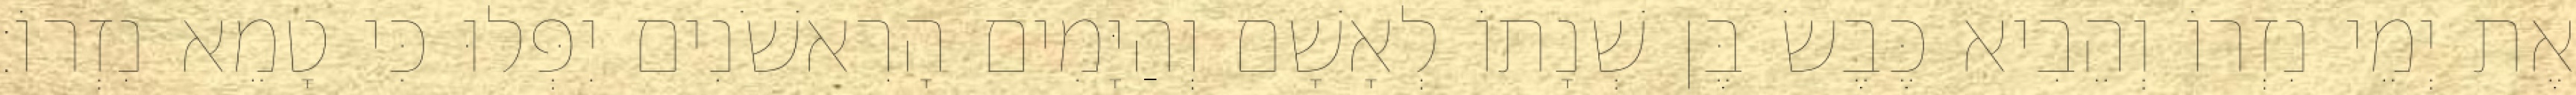
אֶת יְמֵי נִזְרוֹ וְהֵבִיא כֶּבֶשׂ בֶּן שְׁנָתוֹ לְאָשָׁם וְהַיָּמִים הָרִאשֹׁנִים יִפְּלוּ כִּי טָמֵא נִזְרוֹ׃